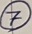
Text: 7